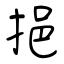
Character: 挹